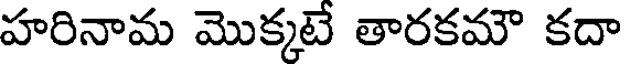
హరినామ మొక్కటే తారకమౌ కదా